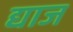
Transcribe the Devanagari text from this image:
द्याज